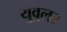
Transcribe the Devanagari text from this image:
युवुलर